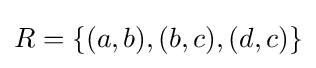
R=\{(a,b),(b,c),(d,c)\}